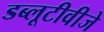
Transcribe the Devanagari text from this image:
डब्लूटीवीजे